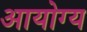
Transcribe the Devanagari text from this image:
आयोग्य